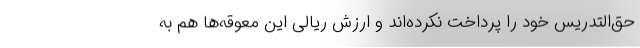
حق‌التدریس خود را پرداخت نکرده‌اند و ارزش ریالی این معوقه‌ها هم به